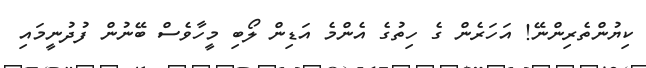
ކިޔުންތެރިންނޭ! އަހަރެން ގެ ހިތުގެ އެންމެ އަޑިން ލޯބި މީހާވެސް ބޭނުން ފުދުނީމައި